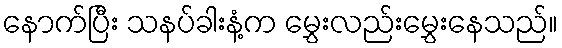
နောက်ပြီး သနပ်ခါးနံ့က မွှေးလည်းမွှေးနေသည်။